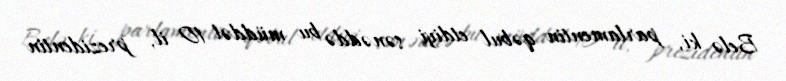
Belə ki, parlamentin qəbul etdiyi sənəddə bu müddət 10 il, prezidentin